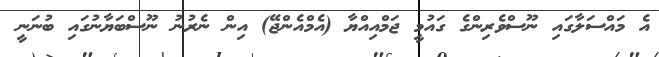
އެ މައްސަލާގައި ނޫސްވެރިންގެ ގައުމީ ޖަމްއިއްޔާ (އެމްއެންޖޭ) އިން ނެރުނު ނޫސްބަޔާނުގައި ބުނަނީ